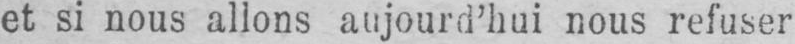
et si nous allons aujourd’hui nous refuser